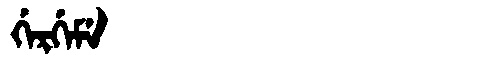
Manchu: ᡤᡝᡵᡤᡝᠮᡝ
Romanization: GERGEME